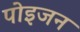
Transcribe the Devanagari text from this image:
पोइजन